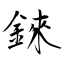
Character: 錸